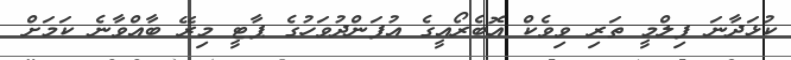
ކުޅަދާނަ ފިލްމީ ތަރި ވިވެކް އޮބެރޯއީގެ އުފަންދުވަހުގެ ޕާޓީ މިރޭ ބާއްވާނެ ކަމަށް